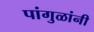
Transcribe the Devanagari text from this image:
पांगुळांनी